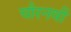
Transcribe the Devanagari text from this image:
चौरनवीं